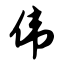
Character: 伟